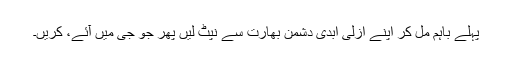
پہلے باہم مل کر اپنے ازلی ابدی دشمن بھارت سے نپٹ لیں پھر جو جی میں آئے، کریں۔